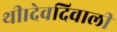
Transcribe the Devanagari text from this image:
थी।देवदिवाली